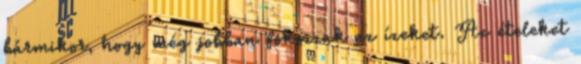
bármikor, hogy még jobban fokozzuk az ízeket. Az ételeket